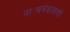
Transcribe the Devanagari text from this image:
नाट्यमंडळाशी